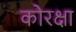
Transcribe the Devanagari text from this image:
कोरक्षा